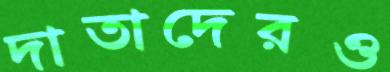
দাতাদেরও